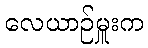
လေယာဉ်မှူးက